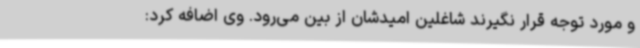
و مورد توجه قرار نگیرند شاغلین امیدشان از بین می‌رود. وی اضافه کرد: